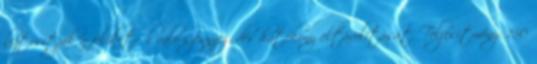
biztosítják a felületről való szennyeződés hatékony eltávolítását. Teljesítmény: 150